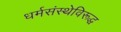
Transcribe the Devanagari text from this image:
धर्मसंस्थेविरूद्ध